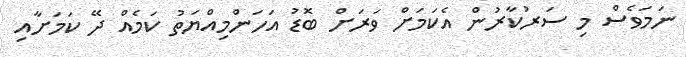
ނަމަވެސް މި ސަރުކާރުން އެކަމަށް ވަރަށް ބޮޑު އަހަންމިއްޔަތު ކަމެއް ދޭ ކަމަށާއި